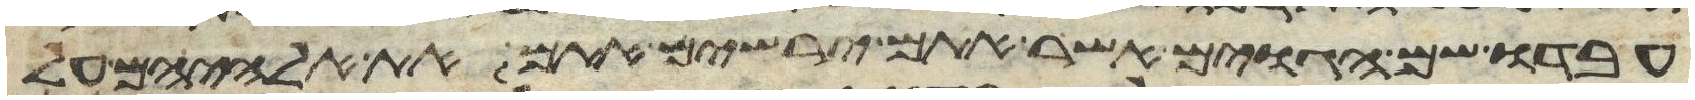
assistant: עבדו שם הגוים אשר אתם ירשים אתם את אלהיהם על